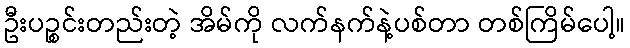
ဦးပဉ္စင်းတည်းတဲ့ အိမ်ကို လက်နက်နဲ့ပစ်တာ တစ်ကြိမ်ပေါ့။